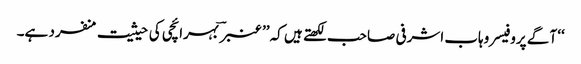
‘‘ آگے پروفیسر وہاب اشرفی صاحب لکھتے ہیں کہ ’’عنبر ؔ بہرائچی کی حیثیت منفرد ہے۔